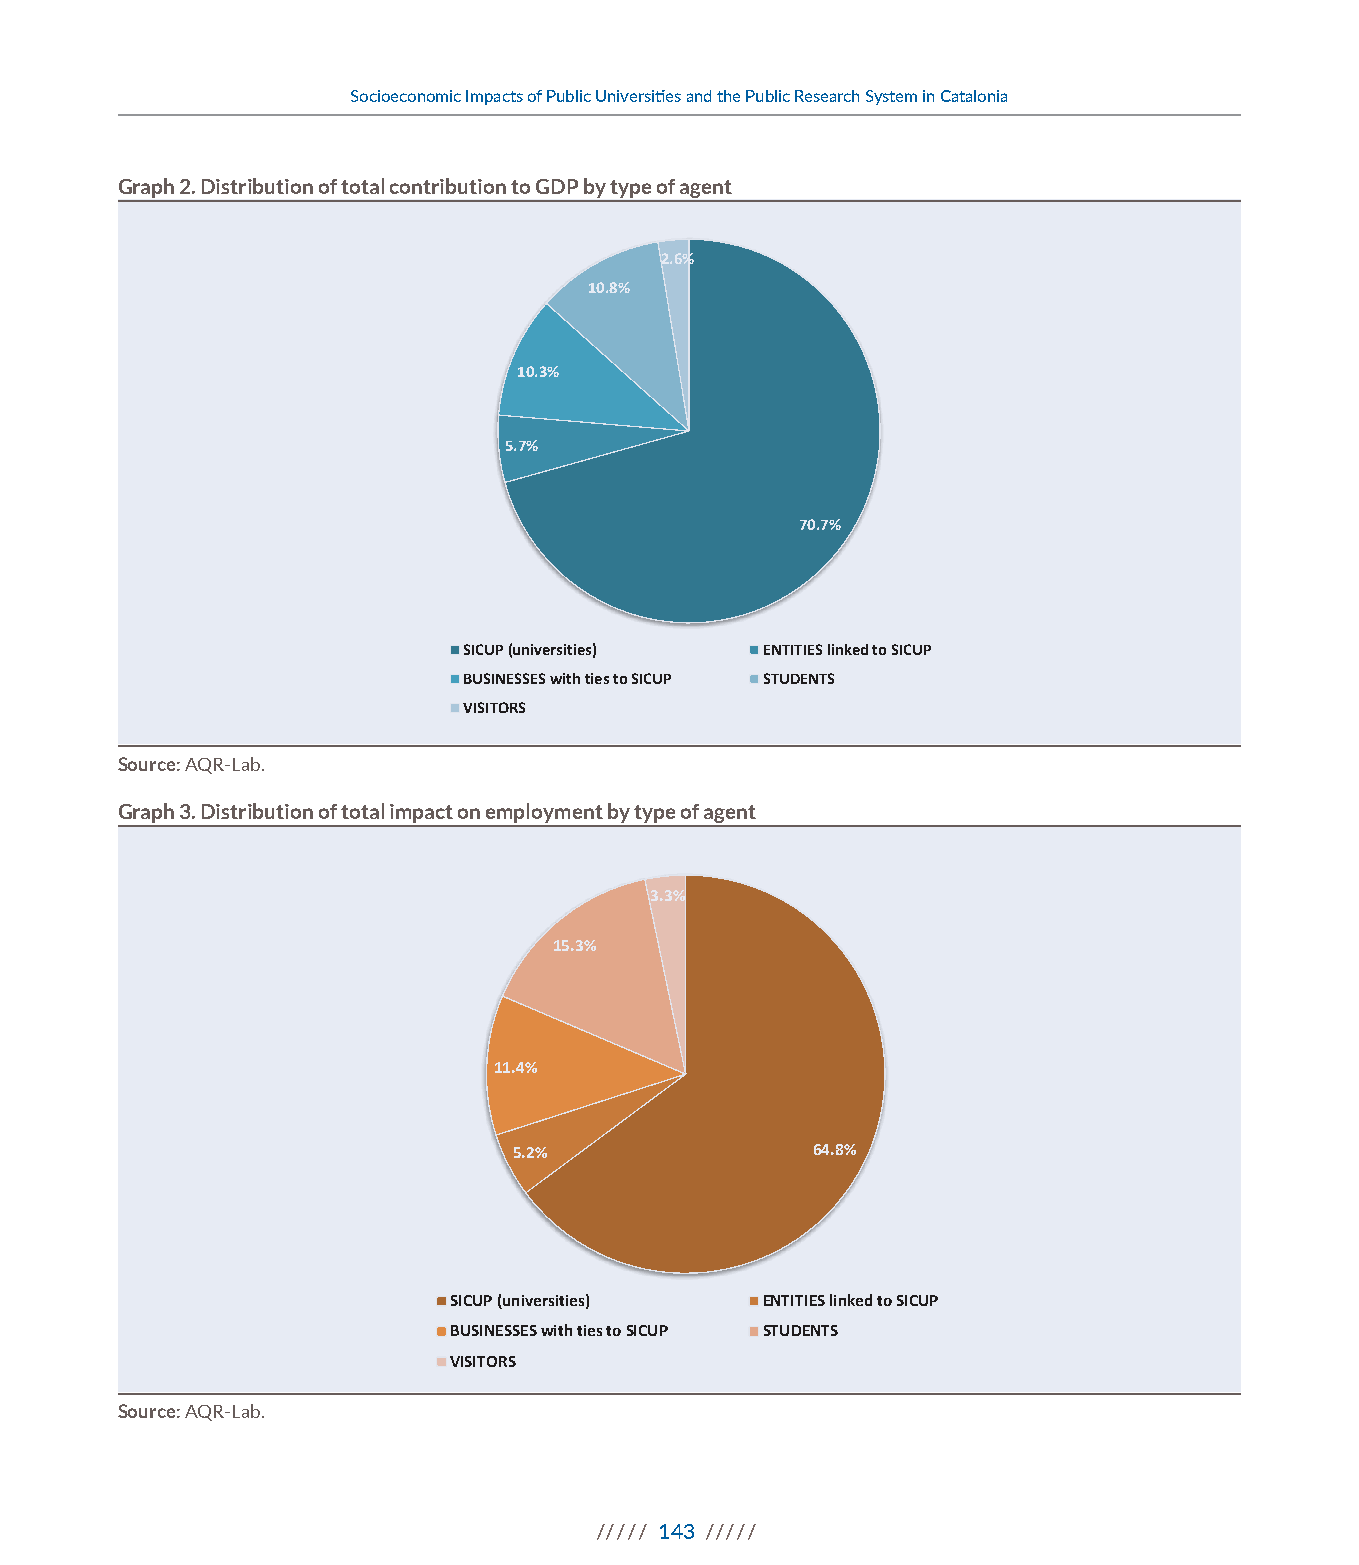
3.4%
 14.0%
 13.5%
 60.4%
 8.8%
 SICUP (universities) ENTITIES linked to SICUP
 Socioeconomic Impacts of Public Universities and the Public Research System in Catalonia
 BUSINESSES with ties to SICUP STUDENTS
 VISITORS
 Graph 2. Distribution of total contribution to GDP by type of agent
 2.6%
 10.8%
 10.3%
 5.7%
 70.7%
 SICUP (universities) ENTITIES linked to SICUP
 BUSINESSES with ties to SICUP STUDENTS
 VISITORS
 Source: AQR-Lab.
 Graph 3. Distribution of total impact on employment by type of agent
 3.3%
 15.3%
 11.4%
 5.2%                64.8%
 SICUP (universities) ENTITIES linked to SICUP
 BUSINESSES with ties to SICUP STUDENTS
 VISITORS
 Source: AQR-Lab.
 ///// 143 /////